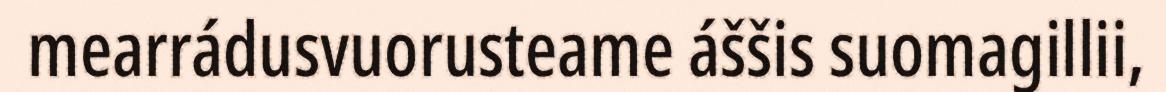
mearrádusvuorusteame áššis suomagillii,